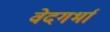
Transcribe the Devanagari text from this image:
वेदगर्भा